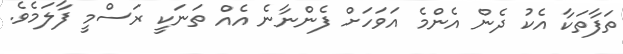
ތަފާތަކާ އެކު ދެން އެންމެ އަވަހަށް ފެންނާނެ އެއް ތަނަކީ ރަސްމީ ފާލަމެވެ.